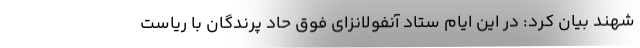
شهند بیان کرد: در این ایام ستاد آنفولانزای فوق حاد پرندگان با ریاست